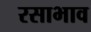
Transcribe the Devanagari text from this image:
रसाभाव